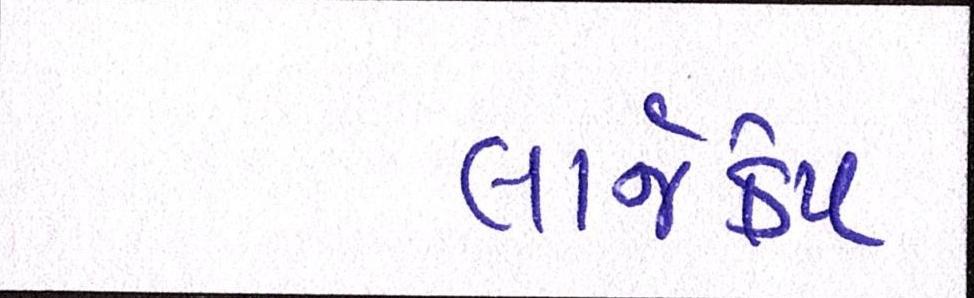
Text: લાર્જકેપ